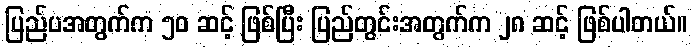
ပြည်ပအတွက်က ၅၀ ဆင့် ဖြစ်ပြီး ပြည်တွင်းအတွက်က ၂၈ ဆင့် ဖြစ်ပါတယ်။